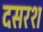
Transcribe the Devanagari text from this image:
दसरश